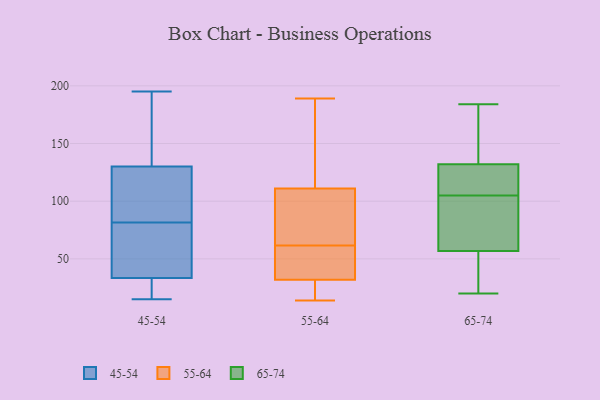
{"axis": {"x": "Inventory Turnover", "y": "Value"}, "legend": ["45-54", "55-64", "65-74"], "data": [{"x": "", "y": 133, "type": "45-54"}, {"x": "", "y": 89, "type": "45-54"}, {"x": "", "y": 28, "type": "45-54"}, {"x": "", "y": 55, "type": "45-54"}, {"x": "", "y": 127, "type": "45-54"}, {"x": "", "y": 25, "type": "45-54"}, {"x": "", "y": 62, "type": "45-54"}, {"x": "", "y": 25, "type": "45-54"}, {"x": "", "y": 195, "type": "45-54"}, {"x": "", "y": 95, "type": "45-54"}, {"x": "", "y": 154, "type": "45-54"}, {"x": "", "y": 80, "type": "45-54"}, {"x": "", "y": 30, "type": "45-54"}, {"x": "", "y": 42, "type": "45-54"}, {"x": "", "y": 83, "type": "45-54"}, {"x": "", "y": 15, "type": "45-54"}, {"x": "", "y": 96, "type": "45-54"}, {"x": "", "y": 37, "type": "45-54"}, {"x": "", "y": 168, "type": "45-54"}, {"x": "", "y": 184, "type": "45-54"}, {"x": "", "y": 44, "type": "55-64"}, {"x": "", "y": 65, "type": "55-64"}, {"x": "", "y": 30, "type": "55-64"}, {"x": "", "y": 58, "type": "55-64"}, {"x": "", "y": 29, "type": "55-64"}, {"x": "", "y": 30, "type": "55-64"}, {"x": "", "y": 14, "type": "55-64"}, {"x": "", "y": 50, "type": "55-64"}, {"x": "", "y": 169, "type": "55-64"}, {"x": "", "y": 104, "type": "55-64"}, {"x": "", "y": 189, "type": "55-64"}, {"x": "", "y": 87, "type": "55-64"}, {"x": "", "y": 85, "type": "55-64"}, {"x": "", "y": 46, "type": "55-64"}, {"x": "", "y": 184, "type": "55-64"}, {"x": "", "y": 34, "type": "55-64"}, {"x": "", "y": 85, "type": "55-64"}, {"x": "", "y": 188, "type": "55-64"}, {"x": "", "y": 118, "type": "55-64"}, {"x": "", "y": 22, "type": "55-64"}, {"x": "", "y": 123, "type": "65-74"}, {"x": "", "y": 53, "type": "65-74"}, {"x": "", "y": 135, "type": "65-74"}, {"x": "", "y": 66, "type": "65-74"}, {"x": "", "y": 184, "type": "65-74"}, {"x": "", "y": 127, "type": "65-74"}, {"x": "", "y": 58, "type": "65-74"}, {"x": "", "y": 20, "type": "65-74"}, {"x": "", "y": 36, "type": "65-74"}, {"x": "", "y": 131, "type": "65-74"}, {"x": "", "y": 139, "type": "65-74"}, {"x": "", "y": 105, "type": "65-74"}, {"x": "", "y": 75, "type": "65-74"}]}